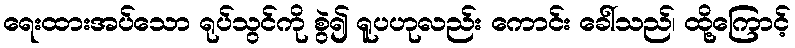
ရေးထားအပ်သော ရုပ်သွင်ကို စွဲ၍ ရူပဟုလည်း ကောင်း ခေါ်သည်၊ ထို့ကြောင့်